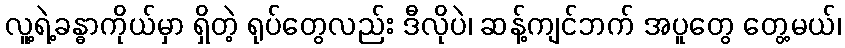
လူ့ရဲ့ခန္ဓာကိုယ်မှာ ရှိတဲ့ ရုပ်တွေလည်း ဒီလိုပဲ၊ ဆန့်ကျင်ဘက် အပူတွေ တွေ့မယ်၊